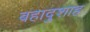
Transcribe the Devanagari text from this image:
बहादुशाह